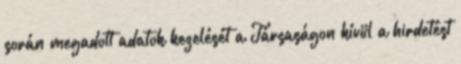
során megadott adatok kezelését a Társaságon kívül a hirdetést